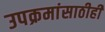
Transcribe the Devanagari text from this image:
उपक्रमांसाठीही